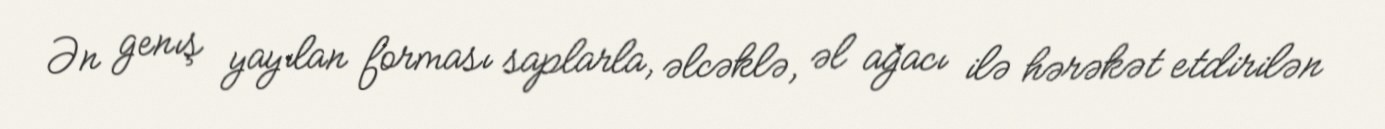
Ən genış yayılan forması saplarla, əlcəklə, əl ağacı ilə hərəkət etdirilən